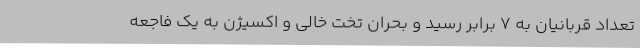
تعداد قربانیان به 7 برابر رسید و بحران تخت خالی و اکسیژن به یک فاجعه